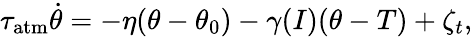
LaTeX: \tau_{\mathrm{atm}}\dot{\theta}=-\eta(\theta-\theta_{0})-\gamma(I)(\theta-T)+\zeta_{t},